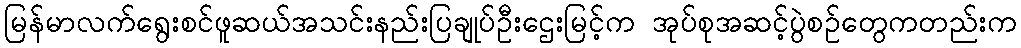
မြန်မာလက်ရွေးစင်ဖူဆယ်အသင်းနည်းပြချုပ်ဦးဌေးမြင့်က အုပ်စုအဆင့်ပွဲစဉ်တွေကတည်းက